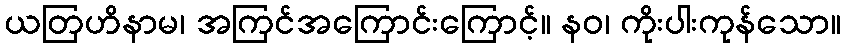
ယတြဟိနာမ၊ အကြင်အကြောင်းကြောင့်။ နဝ၊ ကိုးပါးကုန်သော။